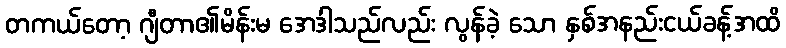
တကယ်တော့ ဂျီတာ၏မိန်းမ အေဒါသည်လည်း လွန်ခဲ့ သော နှစ်အနည်းငယ်ခန့်အထိ